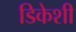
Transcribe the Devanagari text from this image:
डिकेशी